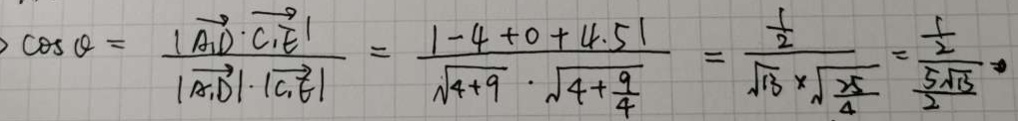
\cos \theta = \frac { \vert \overrightarrow { A _ { 1 } D } \cdot \overrightarrow { C _ { 1 } E } \vert } { \vert \overrightarrow { A _ { 1 } D } \vert \cdot \vert \overrightarrow { C _ { 1 } E } \vert } = \frac { \vert - 4 + 0 + 4 . 5 \vert } { \sqrt { 4 + 9 } \cdot \sqrt { 4 + \frac { 9 } { 4 } } } = \frac { \frac { 1 } { 2 } } { \sqrt { 1 3 } \times \sqrt { \frac { 2 5 } { 4 } } } = \frac { \frac { 1 } { 2 } } { \frac { 5 \sqrt { 1 3 } } { 2 } }